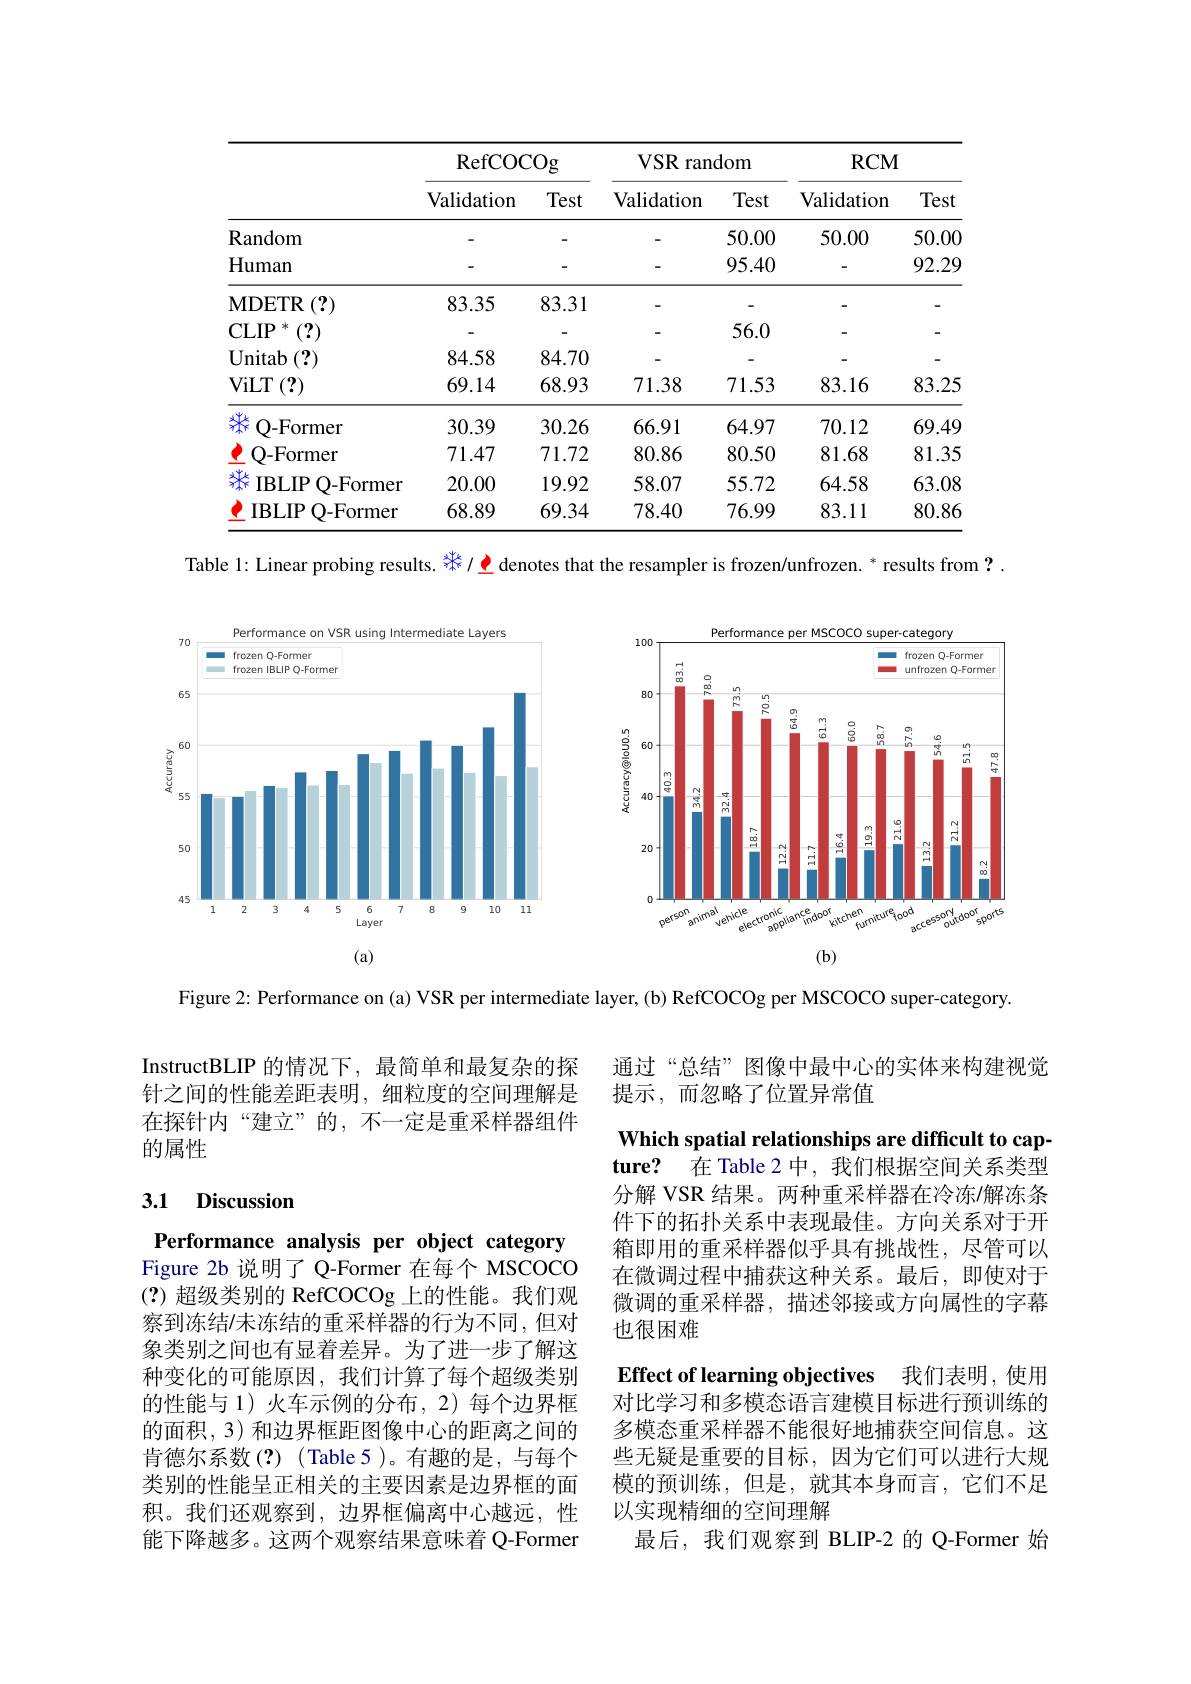
<table>
	<tbody>
		<tr>
			<th> </th>
			<th colspan="2">RefCOCOg</th>
			<th colspan="2">VSR random</th>
			<th colspan="2">$RCM$</th>
		</tr>
		<tr>
			<th> </th>
			<th>Validation</th>
			<th>Test</th>
			<th>Validation</th>
			<th>Test</th>
			<th>Validation</th>
			<th>Test</th>
		</tr>
		<tr>
			<td>Random</td>
			<td> </td>
			<td>一</td>
			<td> </td>
			<td>50.00</td>
			<td>50.00</td>
			<td>50.00</td>
		</tr>
		<tr>
			<td>Human</td>
			<td> </td>
			<td>-</td>
			<td> </td>
			<td>95.40</td>
			<td> </td>
			<td>92.29</td>
		</tr>
		<tr>
			<td>$\mathbf{MDETR}$ (?)</td>
			<td>83.35</td>
			<td>83.31</td>
			<td> </td>
			<td>-</td>
			<td> </td>
			<td>-</td>
		</tr>
		<tr>
			<td>CLIP 米</td>
			<td> </td>
			<td>-</td>
			<td> </td>
			<td>56.0</td>
			<td> </td>
			<td>-</td>
		</tr>
		<tr>
			<td>$\mathbf{Unitab}$ (?)</td>
			<td>84.58</td>
			<td>84.70</td>
			<td> </td>
			<td>-</td>
			<td> </td>
			<td>-</td>
		</tr>
		<tr>
			<td>$\operatorname{ViLT}\left({?}\right)$</td>
			<td>69.14</td>
			<td>68.93</td>
			<td>71.38</td>
			<td>71.53</td>
			<td>83.16</td>
			<td>83.25</td>
		</tr>
		<tr>
			<td>Q-Former</td>
			<td>30.39</td>
			<td>30.26</td>
			<td>66.91</td>
			<td>64.97</td>
			<td>70.12</td>
			<td>69.49</td>
		</tr>
		<tr>
			<td>Q-Former</td>
			<td>71.47</td>
			<td>71.72</td>
			<td>80.86</td>
			<td>80.50</td>
			<td>81.68</td>
			<td>81.35</td>
		</tr>
		<tr>
			<td>IBLIP Q-Former</td>
			<td>20.00</td>
			<td>19.92</td>
			<td>58.07</td>
			<td>55.72</td>
			<td>64.58</td>
			<td>63.08</td>
		</tr>
		<tr>
			<td>IBLIP Q-Former</td>
			<td>68.89</td>
			<td>69.34</td>
			<td>78.40</td>
			<td>76.99</td>
			<td>83.11</td>
			<td>80.86</td>
		</tr>
	</tbody>
</table>

Table 1: Linear probing results. 求/ denotes that the resampler is frozen/unfrozen. * results from ?

<FigureHere>

Figure 2: Performance on (a) VSR per intermediate layer, (b) RefCOCOg per MSCOCO super-category.

通过“总结”图像中最中心的实体来构建视觉
提示，而忽略了位置异常值

InstructBLIP 的情况下，最简单和最复杂的探针之间的性能差距表明，细粒度的空间理解是在探针内“建立”的，不一定是重采样器组件的属性

### 3.1 Discussion

Which spatial relationships are difficult to capture? 在 Table 2 中，我们根据空间关系类型分解 VSR 结果。两种重采样器在冷冻/解冻条件下的拓扑关系中表现最佳。方向关系对于开箱即用的重采样器似乎具有挑战性，尽管可以在微调过程中捕获这种关系。最后，即使对于微调的重采样器，描述邻接或方向属性的字幕也很困难
Effect of learning objectives 我们表明，使用对比学习和多模态语言建模目标进行预训练的多模态重采样器不能很好地捕获空间信息。这些无疑是重要的目标，因为它们可以进行大规模的预训练，但是，就其本身而言，它们不足以实现精细的空间理解
最后，我们观察到 BLIP-2 的 Q-Former 始

Performance analysis per object category Figure 2b 说明了 Q-Former 在每个 MSCOCO (?)超级类别的 RefCOCOg 上的性能。我们观察到冻结/未冻结的重采样器的行为不同，但对象类别之间也有显着差异。为了进一步了解这种变化的可能原因，我们计算了每个超级类别的性能与 1) 火车示例的分布，2) 每个边界框的面积，3) 和边界框距图像中心的距离之间的肯德尔系数(?)(Table 5)。有趣的是，与每个类别的性能呈正相关的主要因素是边界框的面积。我们还观察到，边界框偏离中心越远，性能下降越多。这两个观察结果意味着 Q-Former